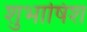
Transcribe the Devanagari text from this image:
शुभाषिश